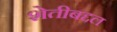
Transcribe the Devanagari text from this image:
शेतीबद्दल